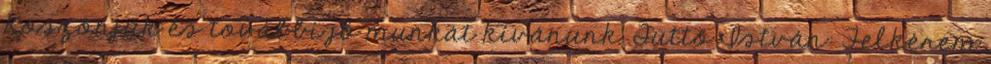
Köszönjük és további jó munkát kívánunk. Tüttő István: Felkérem